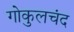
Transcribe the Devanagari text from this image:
गोकुलचंद